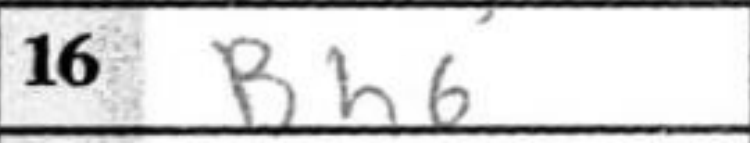
Transcription: Bh6